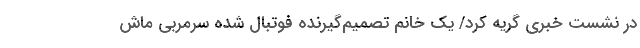
در نشست خبری گریه کرد/ یک خانم تصمیم‌گیرنده فوتبال شده سرمربی ماش